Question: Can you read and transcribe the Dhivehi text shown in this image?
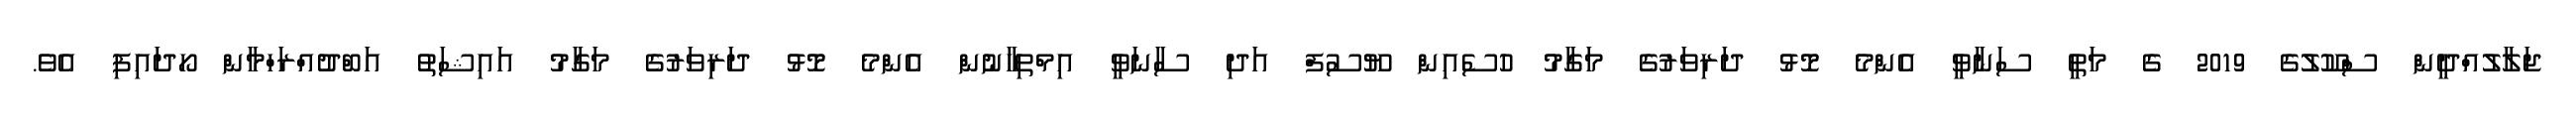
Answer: ޖަލާލުއްދީން ސްކޫލުގެ 2019 ގެ މަތީ ސަނާވީ އެންމެ މޮޅު ދަރިވަރުގެ މަގާމު ހުސެއިން ޔޫސުފް އަދި ސާނަވީ އިމްތިހާނުން އެންމެ މޮޅު ދަރިވަރުގެ މަގާމު އައިޝަތު އަބްދުއްރަހްމާން ހޯދައިފި އެވެ.